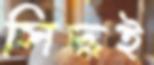
সিদ্ধই